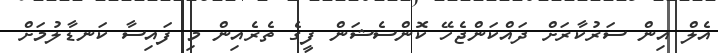
އެލް އިން ސަރުކާރަށް ދައްކަންޖެހޭ ކޮންސެޝަން ފީގެ ތެރެއިން މި ފައިސާ ކަނޑާލުމަށް